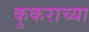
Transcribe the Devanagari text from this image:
कुकराच्या